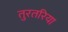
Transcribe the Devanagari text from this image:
तुरतरिया